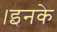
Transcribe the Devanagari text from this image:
।इनके